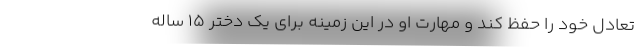
تعادل خود را حفظ کند و مهارت او در این زمینه برای یک دختر ۱۵ ساله